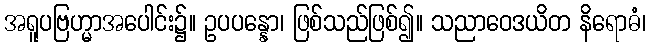
အရူပဗြဟ္မာအပေါင်း၌။ ဥပပန္နော၊ ဖြစ်သည်ဖြစ်၍။ သညာဝေဒယိတ နိရောဓံ၊